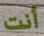
أنت